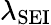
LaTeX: \lambda_{\mathrm{SEI}}